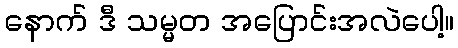
နောက် ဒီ သမ္မတ အပြောင်းအလဲပေါ့။